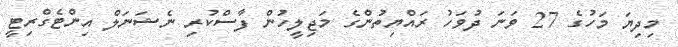
މިދިޔަ މަހުގެ 27 ވަނަ ދުވަހު ރައްޔިތުންގެ މަޖިލީހުން ފާސްކުރި ނެޝަނަލް އިންޓެގްރިޓީ